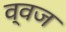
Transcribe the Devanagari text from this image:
व्वज